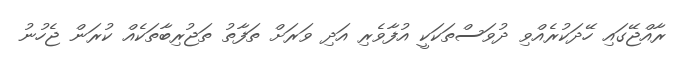
ރާއްޖޭގައި ހޭދަކުރެއްވި ދުވަސްތަކަކީ އުފާވެރި އަދި ވަރަށް ތަފާތު ތަޖުރިބާތަކެއް ކުރަން ޖެހުނު